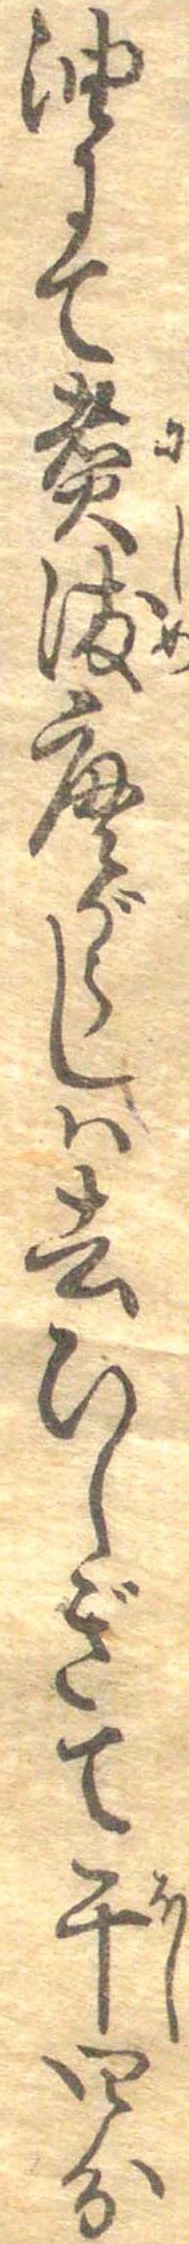
油にて煮染唐がらしは去ひしぎて干四分